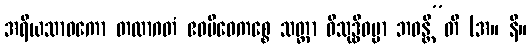
အရိယသာဝကော တထာဂတံ ဧဝမိဓေကစ္စေ သတ္တာ ဝိသုဒ္ဓိဓမ္မာ ဘဝန္တီ”တိ (အ။ နိ။